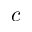
c